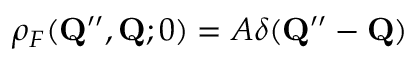
\rho _ { F } ( \mathbf { Q } ^ { \prime \prime } , \mathbf { Q } ; 0 ) = { \cal A } \delta ( \mathbf { Q } ^ { \prime \prime } - \mathbf { Q } )